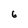
Character: 6